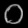
Digit: ၀